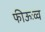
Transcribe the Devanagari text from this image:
फीऊःव्व